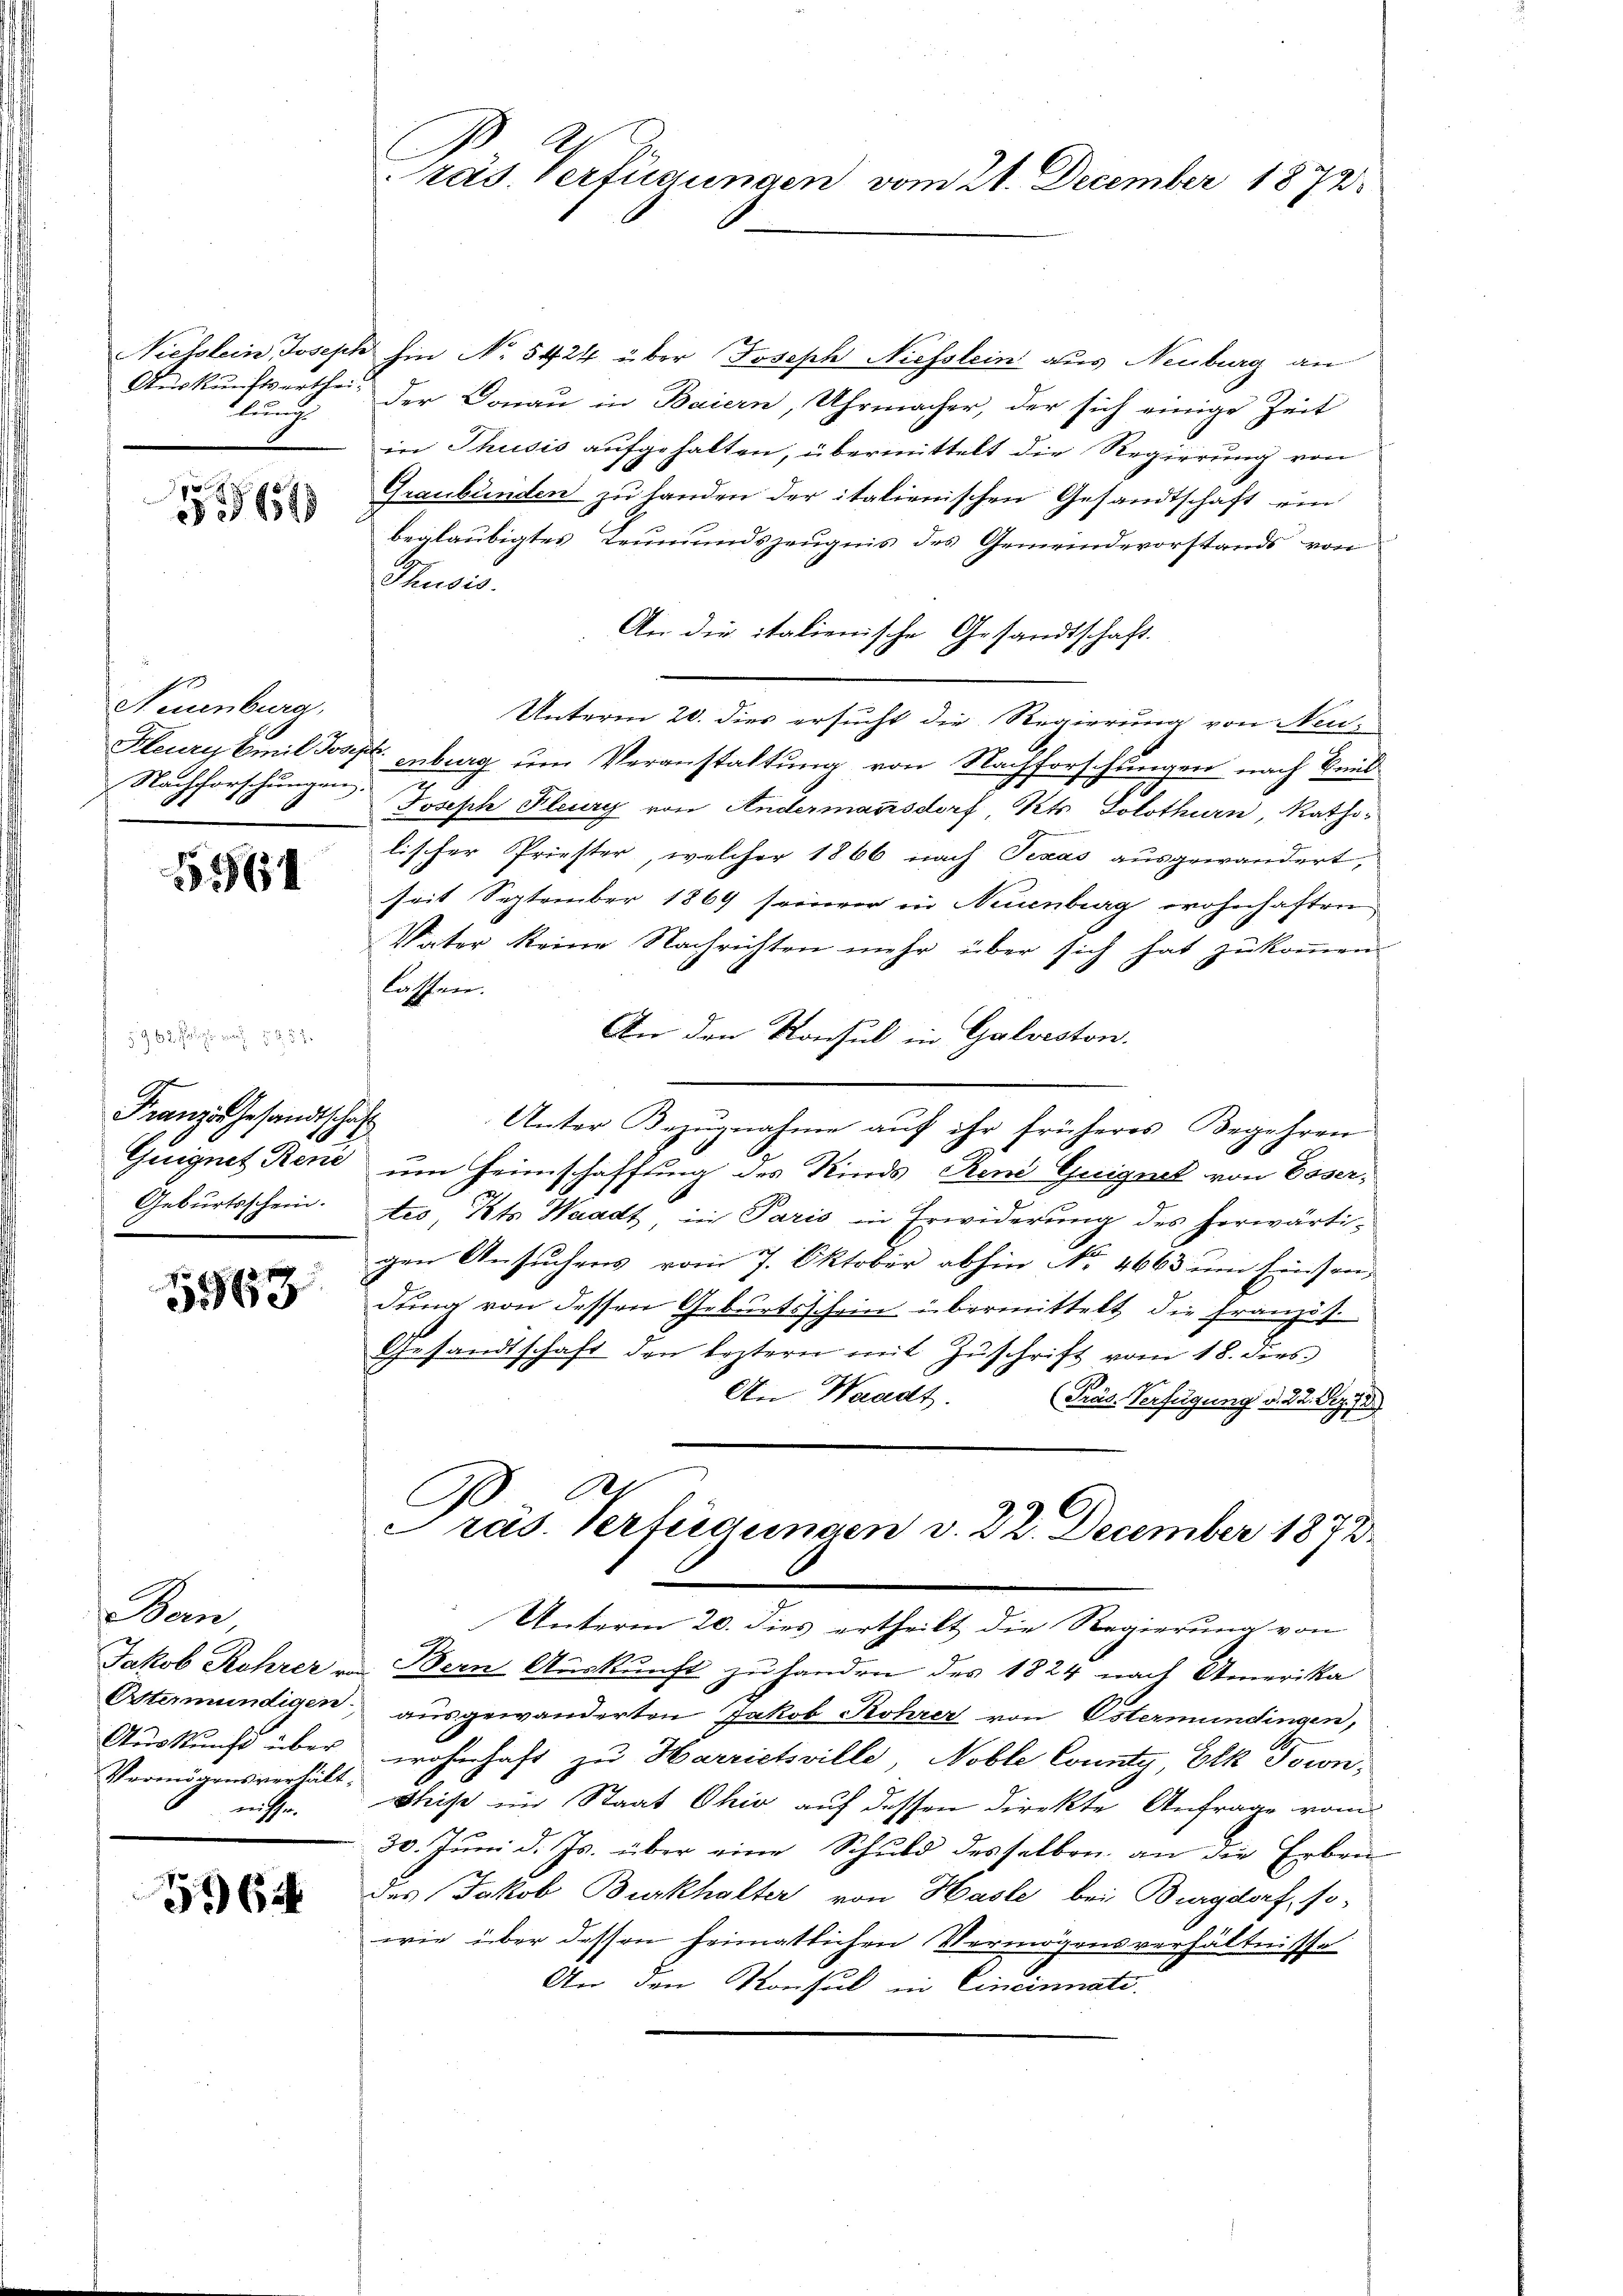
lungs

654

Neuenburg,

1161

Franz Gesandtschaft
Guignet Reue
Geburtsschein.

1963

Vom
Otermündigen.
Auskunft über
Vermögensverhält.
nisse.

5964

rás. Verfügungen vom 21. December 1872

Niesslein Joseph hin No 5424 über Joseph Niesslein aus Neuburg an
Auskunftserthei- der Donau in Baiern, Uhrmacher, der sich einige Zeit
in Thusis aufgehalten, übermittelt die Regierung von
Graubünden zu handen der italienischen Gesandtschaft ein
beglaubigtes Leumundszeugnis des Gemeindevorstands vor
Thusis.
An die italienische Gesandtschaft.
Unterm 20. dies ersucht die Regierung von Neu¬
Kleury Emil Josef enburg um Veranstaltung von Nachforschungen nach Beil
Nachforschungen. Joseph Flury von Andermannsdorf, Kts. Solothurn, Rathslischer Priester, welcher 1866 nach Texas ausgewandert,
seit September 1869 seiner in Neuenburg wohnhaften
Vater keine Nachrichten mehr über sich hat zukommen
lassen.
An den Konsul in Galveston.
Unter Bezŭgnahme aŭf ihr früheres Begehren
um Heimschaffung des Kinds Ren Guignet von Coser-
tio, Kts. Waadt in Paris in Erwiderung des herwärti-
gen Ansuchens vom 7. Oktober abhin No 4663 um Einsendung von dessen Geburtsschein übermittelt die Französ.
Gesandtschaft den leztern mit Zŭschrift vom 18. dies
An Waadt.
(Präs. Verfügung d. 22. Opf
Präs. Verfügungen v. 22. December 1872
Unterm 20. dies ertheilt die Regierung von
Jakob Rohrer von Bern Auskunft zu handen des 1824 nach Amerika
ausgewanderten Jakob Kohrer von Ostermündingen,
wohnhaft zu Harrichville, Noble County, Etk Torn,
Meiß im Staat Ohio auf dessen direkte Anfrage vom
30. Juni d. Js. über eine Schuld desselben an die Erben
des Jakob Burkhalter von Hasle bei Burgdorf, so-
wie über dessen heimatlichen Vermögensverhältnisse
An den Konsul in Cincinnati